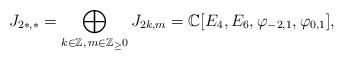
LaTeX: \begin{align*}J_{2*,*}=\bigoplus_{k\in \Bbb Z,\, m\in \Bbb Z_\ge 0} J_{2k,m}=\Bbb C[E_4, E_6, \varphi_{-2,1},\varphi_{0,1}],\end{align*}